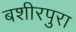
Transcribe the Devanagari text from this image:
बशीरपुरा